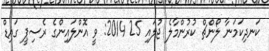
ކަނދިކަމަނާ ލޯންޗް ކުރުންމާލެ ޖުލައި 25 2014: ވީ އޮންލައިންގެ ރެސިޕީ ގައިޑް